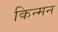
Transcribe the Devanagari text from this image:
किन्मन